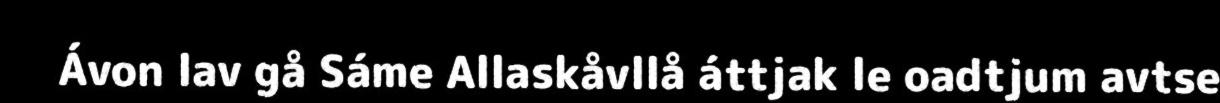
Ávon lav gå Sáme Allaskåvllå áttjak le oadtjum avtse